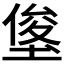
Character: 𭏓